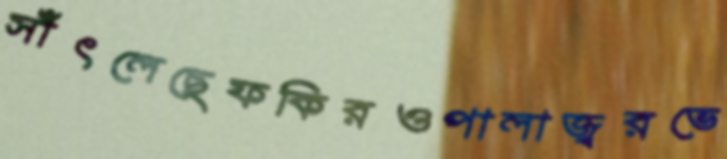
সাঁৎলেছেফকিরওপালাজ্বরভে